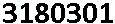
3180301